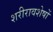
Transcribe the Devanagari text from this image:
शरीरावशेषों